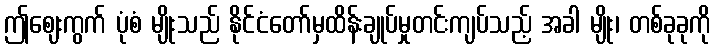
ဤဈေးကွက် ပုံစံ မျိုးသည် နိုင်ငံတော်မှထိန်းချုပ်မှုတင်းကျပ်သည့် အခါ မျိုး၊ တစ်ခုခုကို